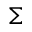
\Sigma